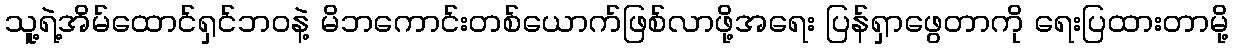
သူ့ရဲ့အိမ်ထောင်ရှင်ဘဝနဲ့ မိဘကောင်းတစ်ယောက်ဖြစ်လာဖို့အရေး ပြန်ရှာဖွေတာကို ရေးပြထားတာမို့